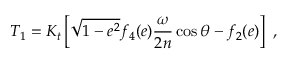
T _ { 1 } = { \cal K } _ { t } \left[ \sqrt { 1 - e ^ { 2 } } f _ { 4 } ( e ) \frac { \omega } { 2 n } \cos \theta - f _ { 2 } ( e ) \right] \ ,